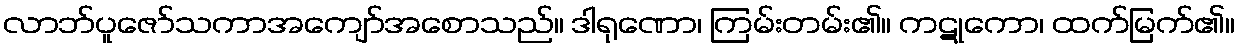
လာဘ်ပူဇော်သကာအကျော်အစောသည်။ ဒါရုဏော၊ ကြမ်းတမ်း၏။ ကဋုကော၊ ထက်မြက်၏။